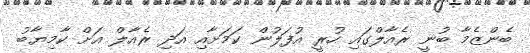
ބެންޒެމާ ބުނީ ރެއާލްގައި ހުރީ އުފަލުން ކަމަށާއި އަދި ރެއާލް އަށް ކާމިޔާބު